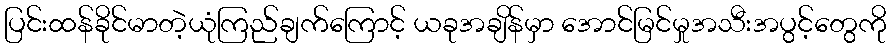
ပြင်းထန်ခိုင်မာတဲ့ယုံကြည်ချက်ကြောင့် ယခုအချိန်မှာ အောင်မြင်မှုအသီးအပွင့်တွေကို